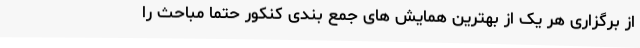
از برگزاری هر یک از بهترین همایش های جمع بندی کنکور حتماً مباحث را